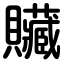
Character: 贜